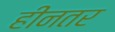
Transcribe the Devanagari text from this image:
हीनतर